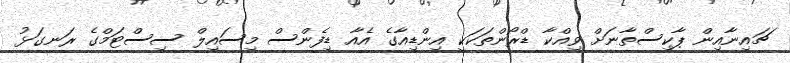
ޗައިނާއިން ޕާކިސްތާނަށް ވިއްކާ ޑްރޯންތަކަކީ އިންޑިއާގެ އެއާ ޑިފެންސް މިސައިލް ސިސްޓަމްގެ ރަނގަޅު